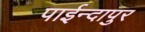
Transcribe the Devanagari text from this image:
पाईन्दापुर